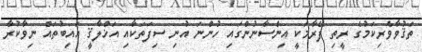
ތަޤުވާވެރިކަމުގެ ރީތި ފޭރާމަކީ އިންސާނުންގައި ހުންނަ އުނި ސިފަތަކާއި އަޚްލާޤީ އައިބުތައް ނިވާކުރާ